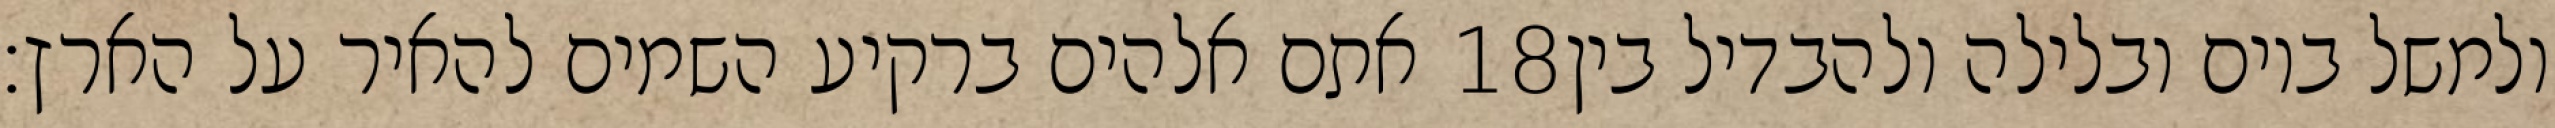
אתם אלהים ברקיע השמים להאיר על הארץ׃ ‎18‏ ולמשל ביום ובלילה ולהבדיל בין